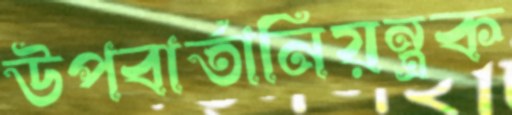
উপবার্তানিয়ন্ত্রক